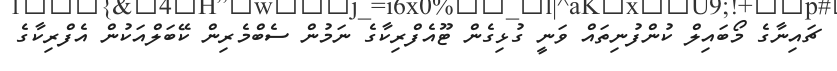
ޗައިނާގެ މޯބައިލް ކުންފުނިތައް ވަނީ ގުޅިގެން ޓޫއެފްރިކާގެ ނަމުން ސެބްމެރިން ކޭބަލްއަކުން އެފްރިކާގެ